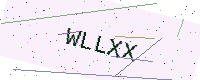
Text: WLLXX